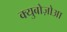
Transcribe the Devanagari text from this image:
क्युबोज़ोआ